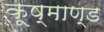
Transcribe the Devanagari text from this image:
कूष्माण्ड